Civil Veterinary Dept. North-West Frontier Province 1901-22 - 1901-1922
Year: 1901
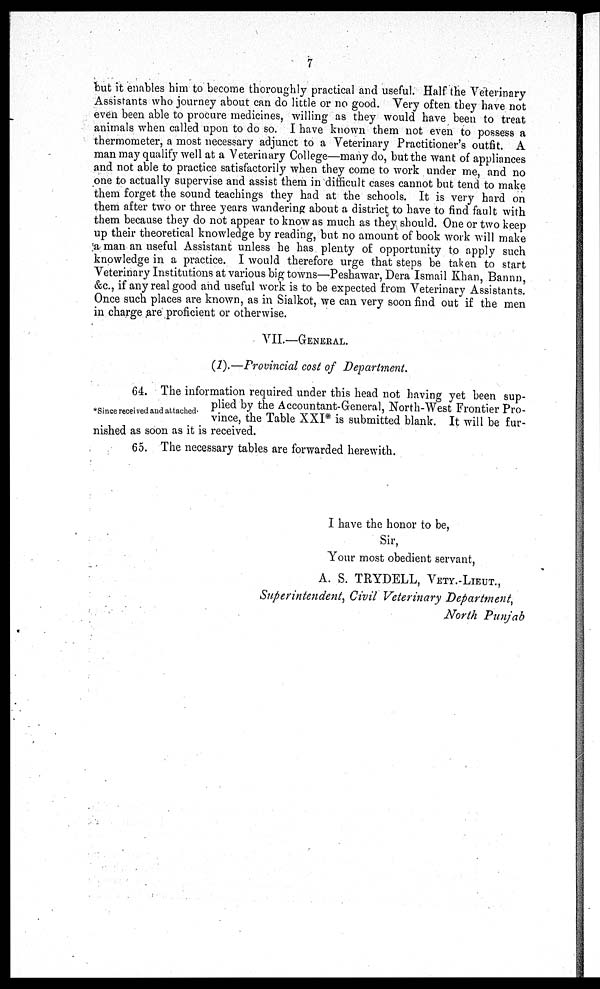
7
but it enables him to become thoroughly practical and useful. Half the Veterinary
Assistants who journey about can do little or no good. Very often they have not
even been able to procure medicines, willing as they would have been to treat
animals when called upon to do so. I have known them not even to possess a
thermometer, a most necessary adjunct to a Veterinary Practitioner's outfit. A
man may qualify well at a Veterinary College—many do, but the want of appliances
and not able to practice satisfactorily when they come to work under me, and no
one to actually supervise and assist them in difficult cases cannot but tend to make
them forget the sound teachings they had at the schools. It is very hard on
them after two or three years wandering about a district to have to find fault with
them because they do not appear to know as much as they should. One or two keep
up their theoretical knowledge by reading, but no amount of book work will make
a man an useful Assistant unless he has plenty of opportunity to apply such
knowledge in a practice. I would therefore urge that steps be taken to start
Veterinary Institutions at various big towns—Peshawar, Dera Ismail Khan, Bannn,
&c., if any real good and useful work is to be expected from Veterinary Assistants.
Once such places are known, as in Sialkot, we can very soon find out if the men
in charge are proficient or otherwise.
VII.—GENERAL.
(1).—Provincial cost of Department.
*Since received and attached.
64. The information required under this head not having yet been sup-
plied by the Accountant-General, North-West Frontier Pro-
vince, the Table XXI* is submitted blank. It will be fur-
nished as soon as it is received.
65. The necessary tables are forwarded herewith.
I have the honor to be,
Sir,
Your most obedient servant,
A. S. TRYDELL, VETY.-LIEUT.,
Superintendent, Civil Veterinary Department,
North Punjab